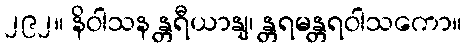
၂၉၂။ နိဝါသန န္တရီယာနျ၊ န္တရမန္တရဝါသကော။